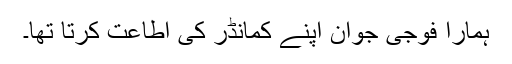
ہمارا فوجی جوان اپنے کمانڈر کی اطاعت کرتا تھا۔